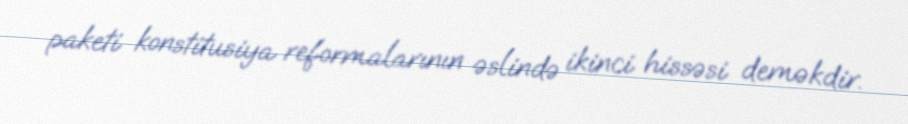
paketi konstitusiya reformalarının əslində ikinci hissəsi deməkdir.